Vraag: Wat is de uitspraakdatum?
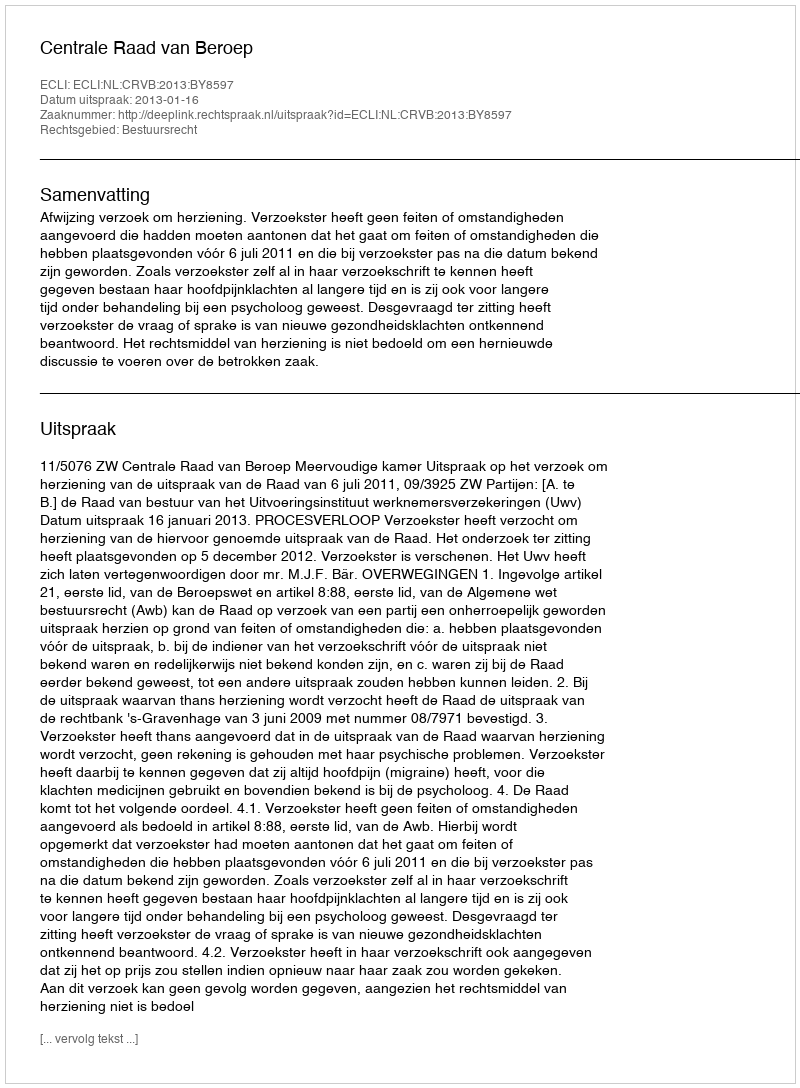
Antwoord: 2013-01-16